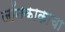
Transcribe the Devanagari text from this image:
जॉनकाकाचा